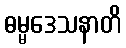
ဓမ္မဒေသနာတိ